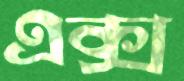
এক্স